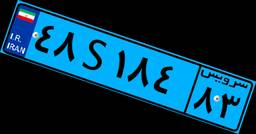
۴۸S۱۸۴۸۳